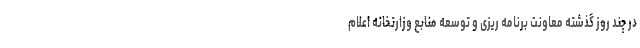
در چند روز گذشته معاونت برنامه ریزی و توسعه منابع وزارتخانه اعلام